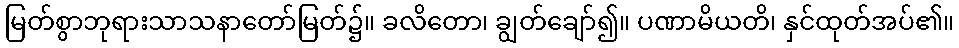
မြတ်စွာဘုရားသာသနာတော်မြတ်၌။ ခလိတော၊ ချွတ်ချော်၍။ ပဏာမိယတိ၊ နှင်ထုတ်အပ်၏။